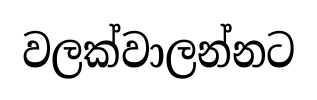
වලක්වාලන්නට